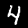
Label: 4